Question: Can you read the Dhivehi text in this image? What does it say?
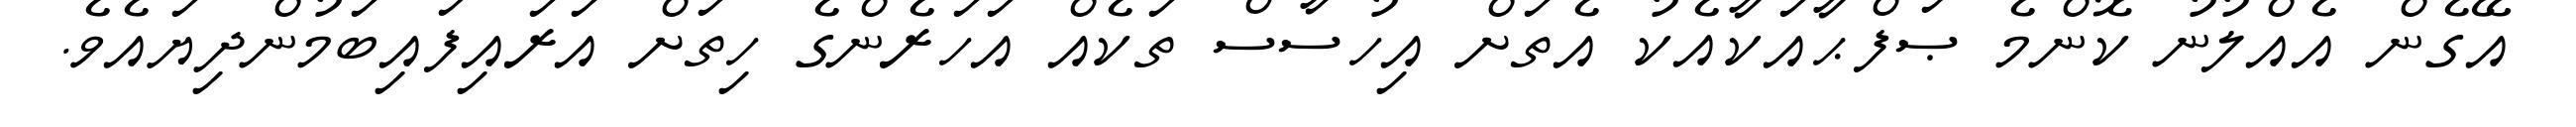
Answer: އޭގެން އެއްލުނު ކޮންމެ ޞަފްޙާއަކާއެކު އެތަށް އިހުސާސް ތަކެއް އަހަރެންގެ ހިތަށް އަރައިފައިބަމުންދިޔައެވެ.